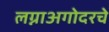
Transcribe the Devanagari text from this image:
लग्नाअगोदरचे